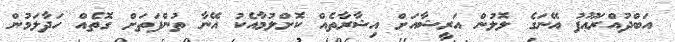
އަބްދުއްރަޢޫފު އޭނަގެ ލޮލުން އަރީޝާއަށް އިޝާރާތެއް ކޮށްލުމާއެކު އޭނާ ތުންފަތަށް ގޮތެއް ހަދާލަމުން